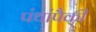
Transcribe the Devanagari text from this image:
पंथांपैकी